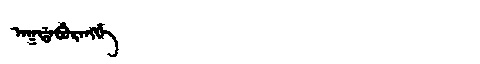
Manchu: ᠠᡴᡩᠠᠪᡠᡵᠠᠩᡤᡝ
Romanization: AKDABURANGGE